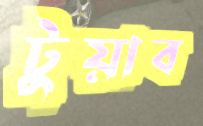
টুয়াব